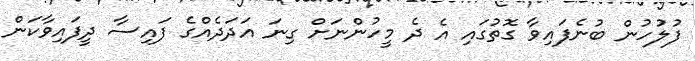
ފުލުހުން ބުނެފައިވާ ގޮތުގައި އެ ދެ މީހުންނަށް ގިނަ އަދަދެއްގެ ފައިސާ ދީފައިވާކަން